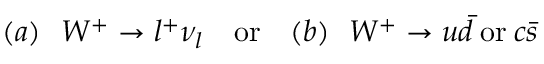
( a ) \ \ W ^ { + } \rightarrow l ^ { + } \nu _ { l } \ \ \ \mathrm { o r } \ \ \ ( b ) \ \ W ^ { + } \rightarrow u \bar { d } \: \mathrm { o r } \: c \bar { s }